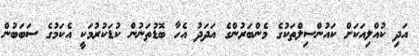
އަދި ކުއްލިއަކަށް ކައުންސިލްތަކުގެ މެންބަރުންގެ އަދަދު އެހާ ބޮޑުތަނުން ކުޑަކުރުމަކީ އެކަމުގެ ސަބަބުން